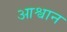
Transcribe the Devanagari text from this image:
आश्वान